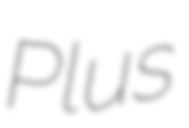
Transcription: Plus